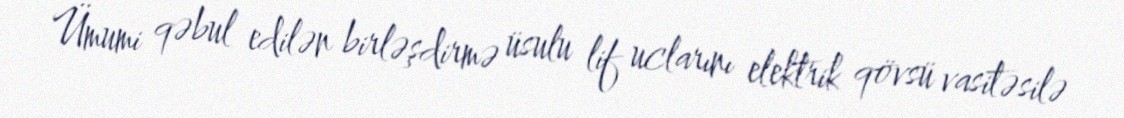
Ümumi qəbul edilən birləşdirmə üsulu lif uclarını elektrik qövsü vasitəsilə